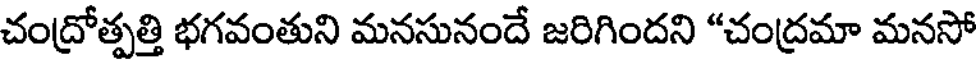
చంద్రోత్పత్తి భగవంతుని మనసునందే జరిగిందని "చంద్రమా మనసో